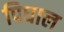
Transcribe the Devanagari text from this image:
पिघाल